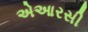
એઆરસી